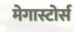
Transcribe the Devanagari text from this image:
मेगास्टोर्स